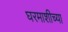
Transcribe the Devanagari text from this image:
घरमाशीच्या